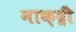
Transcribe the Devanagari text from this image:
नाक़द्री